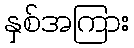
နှစ်အကြား